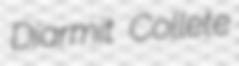
Diarmit Collete